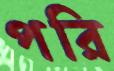
পরি